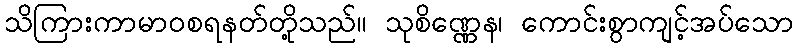
သိကြားကာမာဝစရနတ်တို့သည်။ သုစိဏ္ဏေန၊ ကောင်းစွာကျင့်အပ်သော